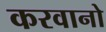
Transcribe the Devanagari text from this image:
करवानो